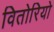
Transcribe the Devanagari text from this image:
वितोरियो